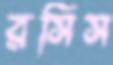
রসিস